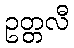
ဥတ္တလီ